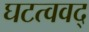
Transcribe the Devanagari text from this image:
घटत्ववद्